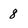
Character: 8